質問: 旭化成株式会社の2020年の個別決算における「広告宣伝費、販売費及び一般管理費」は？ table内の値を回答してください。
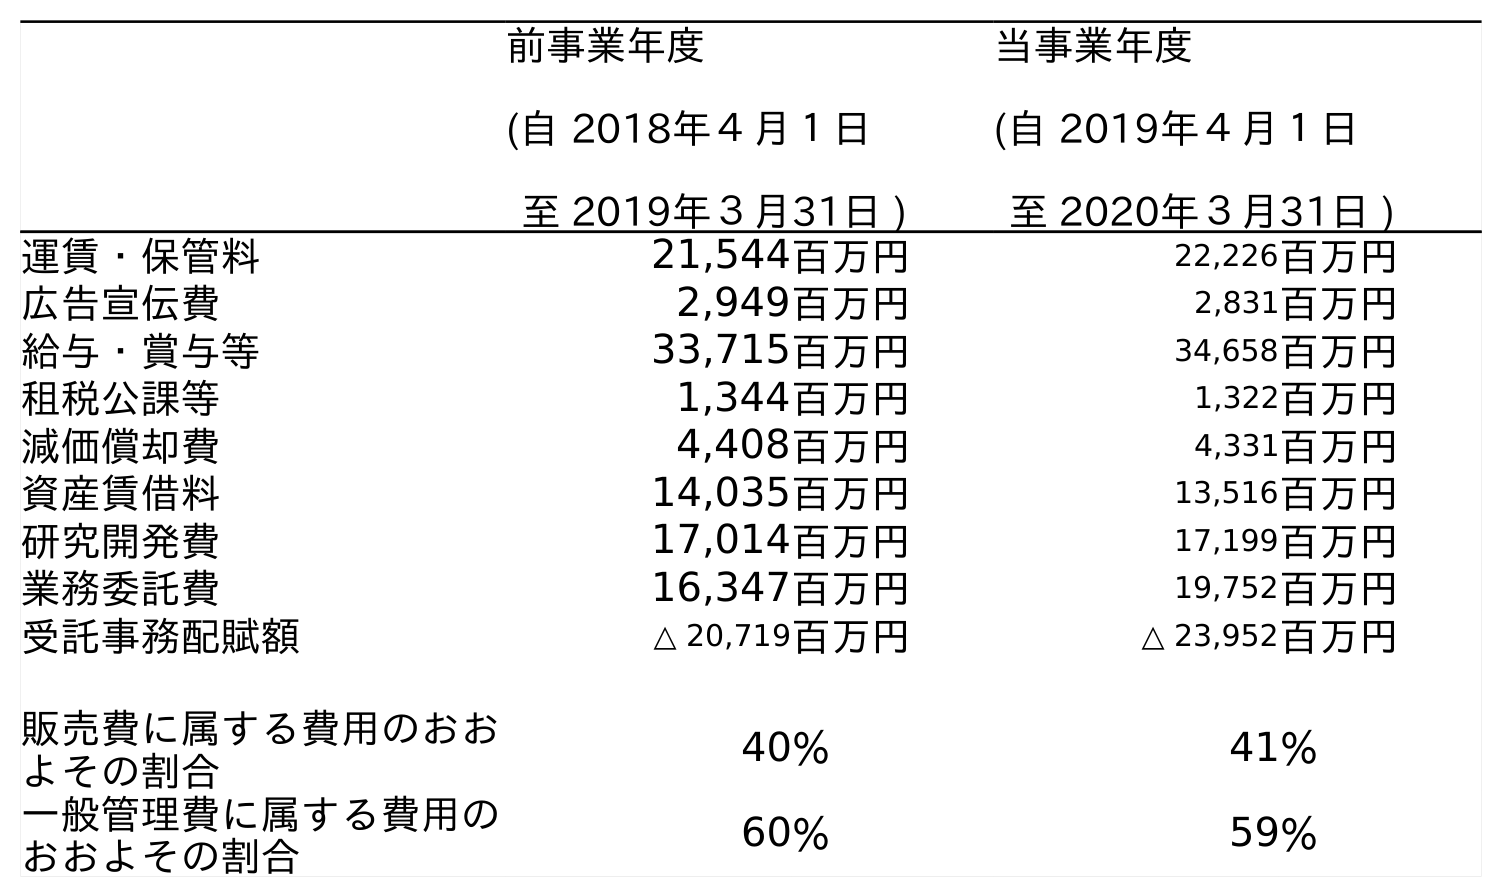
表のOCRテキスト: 前事業年度 (自 2018年４月１日 至 2019年３月31日 ) 当事業年度 (自 2019年４月１日 至 2020年３月31日 ) 運賃・保管料 21,544百万円 22,226百万円 広告宣伝費 2,949百万円 2,831百万円 給与・賞与等 33,715百万円 34,658百万円 租税公課等 1,344百万円 1,322百万円 減価償却費 4,408百万円 4,331百万円 資産賃借料 14,035百万円 13,516百万円 研究開発費 17,014百万円 17,199百万円 業務委託費 16,347百万円 19,752百万円 受託事務配賦額 △ 20,719百万円 △ 23,952百万円 販売費に属する費用のおお よその割合 40％ 41％ 一般管理費に属する費用の おおよその割合 60％ 59％
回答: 2,831